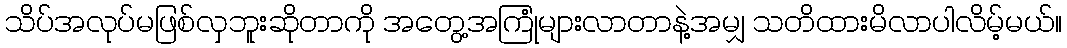
သိပ်အလုပ်မဖြစ်လှဘူးဆိုတာကို အတွေ့အကြုံများလာတာနဲ့အမျှ သတိထားမိလာပါလိမ့်မယ်။